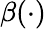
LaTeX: \beta(\cdot)